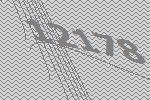
12178